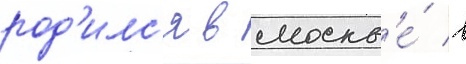
род'илс'я в москв'е́ в